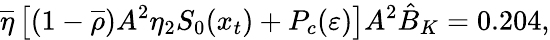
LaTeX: \overline{{{\eta}}}\left[(1-\overline{{{\rho}}})A^{2}\eta_{2}S_{0}(x_{t})+P_{c}(\varepsilon)\right]A^{2}\hat{B}_{K}=0.204,